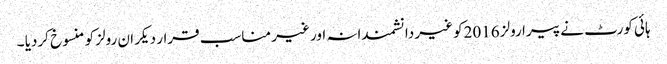
ہائی کورٹ نے پیرا رولز 2016کو غیر دانشمندانہ اور غیر مناسب قرار دیکر ان رولز کو منسوخ کردیا ۔